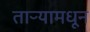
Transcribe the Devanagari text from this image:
ताऱ्यामधून